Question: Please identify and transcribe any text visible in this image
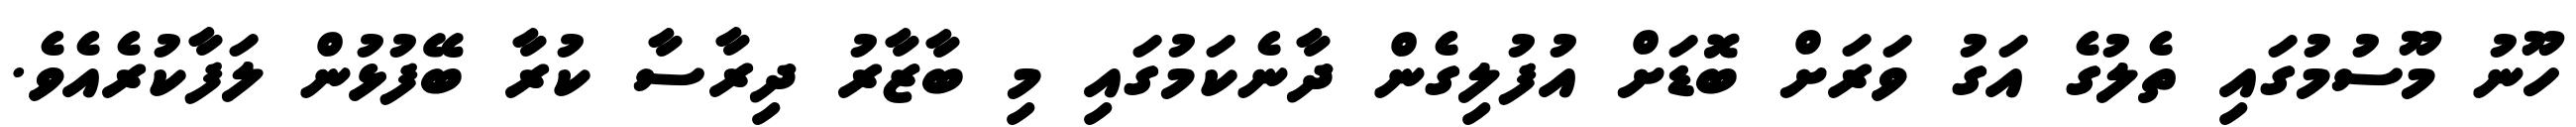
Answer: ހޫނު މޫސުމުގައި ތެލުގެ އަގު ވަރަށް ބޮޑަށް އުފުލިގެން ދާނެކަމުގައި މި ބާޒާރު ދިރާސާ ކުރާ ބޭފުޅުން ލަފާކުރެއެވެ.